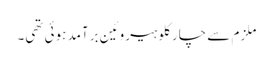
ملزم سے چار کلو ہیروئین برآمد ہوئی تھی۔